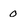
Character: o